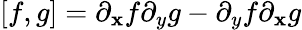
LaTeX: [f,g]=\partial_{\mathbf{x}}f\partial_{y}g-\partial_{y}f\partial_{\mathbf{x}}g